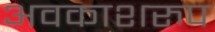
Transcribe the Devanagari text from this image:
अवकाशरुप